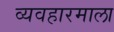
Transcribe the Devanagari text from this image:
व्यवहारमाला